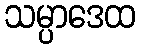
သမ္ပာဒေထ